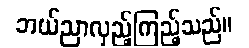
ဘယ်ညာလှည့်ကြည့်သည်။